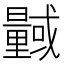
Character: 𭨎